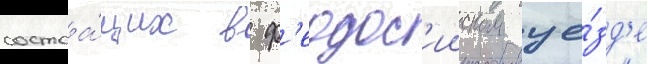
состоа́щих в ф'еодос'ииском уе́зд'е